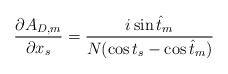
\begin{align*}{\partial A_{D,m}\over\partial x_{s}} = {i\sin\hat t_{m}\over N(\cos t_{s} -\cos\hat t_{m})}\end{align*}